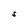
Character: S